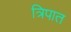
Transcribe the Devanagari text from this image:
त्रिपात